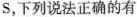
s，下列说法正确的有